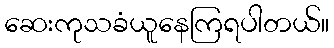
ဆေးကုသခံယူနေကြရပါတယ်။